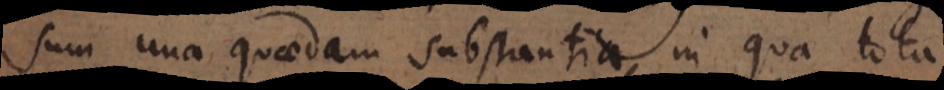
sum una quaedam substantia, in qua tota